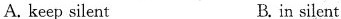
A. keep silent B.in silent